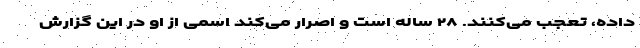
داده، تعجب می‌کنند. ۲۸ ساله است و اصرار می‌کند اسمی از او در این گزارش